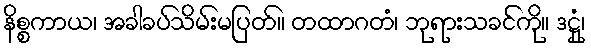
နိစ္စကာယ၊ အခါခပ်သိမ်းမပြတ်။ တထာဂတံ၊ ဘုရားသခင်ကို။ ဒဋ္ဌုံ၊